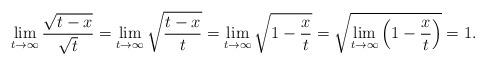
LaTeX: \begin{align*}\lim_{t\rightarrow\infty} \frac{\sqrt{t-x}}{\sqrt{t}} &= \lim_{t\rightarrow\infty} \sqrt{\frac{t-x}{t}} = \lim_{t\rightarrow\infty} \sqrt{1 - \frac{x}{t}} = \sqrt{\lim_{t\rightarrow\infty}\left(1 - \frac{x}{t}\right)} = 1.\end{align*}